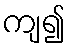
ကျ၍